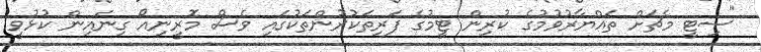
"ސިޓީ މެޗަށް ތައްޔާރުވުމުގެ ކުރިން ޓީމުގެ ފަރިތަކުރުންތަކުގައި ވެސް މޮރީނިއޯ ގިނައިން ކުޅުވީ